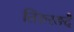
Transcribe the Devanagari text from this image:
तिरुरङदै